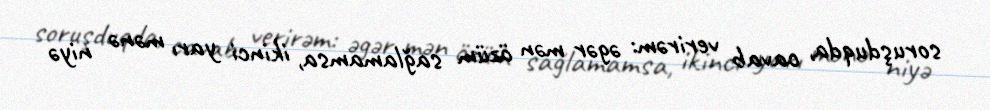
soruşduqda, cavab verirəm: əgər mən özüm sağlamamsa, ikinci yarı mənə niyə